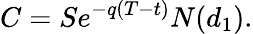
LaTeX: C=Se^{-q(T-t)}N(d_{1}).